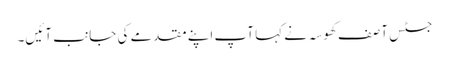
جسٹس آصف کھوسہ نے کہا آپ اپنے مقدمے کی جانب آئیں۔